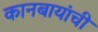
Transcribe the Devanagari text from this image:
कानबायांची